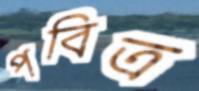
পবিত্র